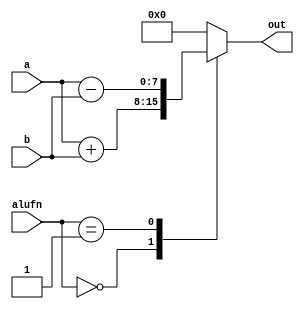
module adder_10 (
    input [7:0] a,
    input [7:0] b,
    input [5:0] alufn,
    output reg [7:0] out
  );
  
  
  
  always @* begin
    out = 1'h0;
    
    case (alufn)
      6'h00: begin
        out = a + b;
      end
      6'h01: begin
        out = a - b;
      end
    endcase
  end
endmodule